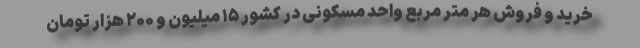
خرید و فروش هر متر مربع واحد مسکونی در کشور ۱۵ میلیون و ۲۰۰ هزار تومان